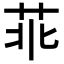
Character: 𦮃